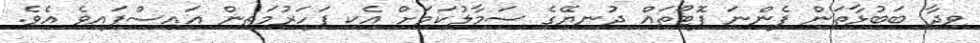
ވިދާ ބަބުޅާތަން ފެންނަ ފޮޓޯތައް ދުނިޔޭގެ ސަމާލުކަމަށް އެކި ފަހަރުމަތިން އައިސްފައިވެ އެވެ.